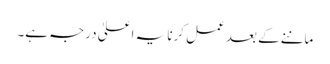
ماننے کے بعد عمل کرنا یہ اعلیٰ درجہ ہے۔